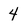
Character: 4